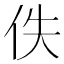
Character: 佚